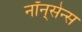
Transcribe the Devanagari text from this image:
नॉन्‌सेन्स